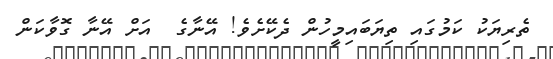
ތެރިޔަކު ކަމުގައި ތިޔަބައިމީހުން ދެކޭށެވެ! އޭނާގެ  އަށް އޭނާ ގޮވާކަން